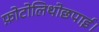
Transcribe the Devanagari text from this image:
फ़ोटोलिथोछपाई।